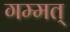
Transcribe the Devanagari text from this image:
गम्मत्